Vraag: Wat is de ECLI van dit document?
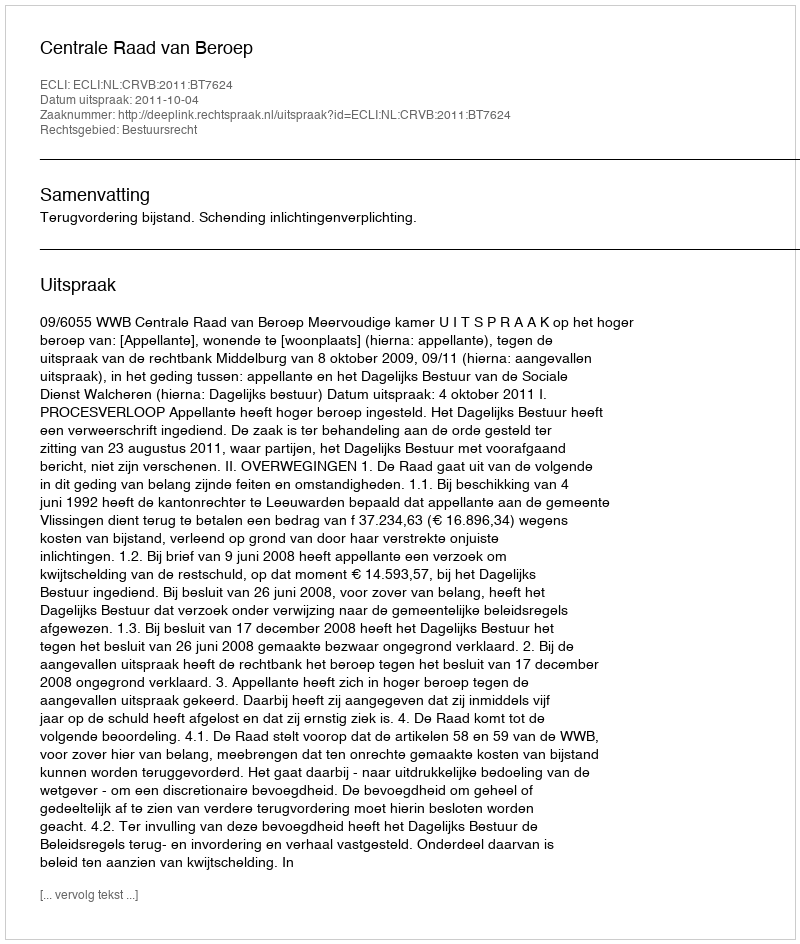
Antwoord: ECLI:NL:CRVB:2011:BT7624